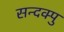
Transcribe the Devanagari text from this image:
सन्दक्पु